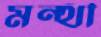
মন্থী